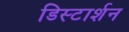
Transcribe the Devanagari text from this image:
डिस्टार्शन